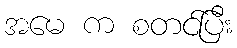
အမေ က စတင်ပြီး